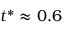
t ^ { * } \approx 0 . 6